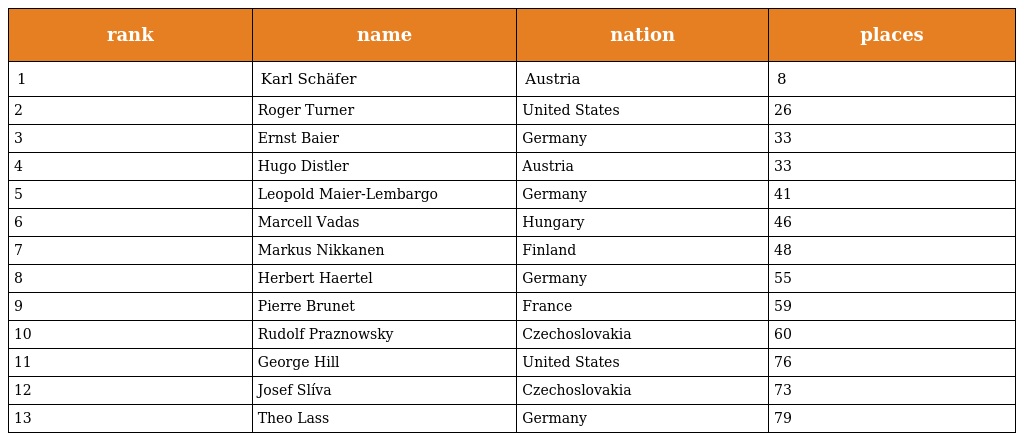
| rank | name | nation | places |
 | --- | --- | --- | --- |
 | 1 | Karl Schäfer | Austria | 8 |
 | 2 | Roger Turner | United States | 26 |
 | 3 | Ernst Baier | Germany | 33 |
 | 4 | Hugo Distler | Austria | 33 |
 | 5 | Leopold Maier-Lembargo | Germany | 41 |
 | 6 | Marcell Vadas | Hungary | 46 |
 | 7 | Markus Nikkanen | Finland | 48 |
 | 8 | Herbert Haertel | Germany | 55 |
 | 9 | Pierre Brunet | France | 59 |
 | 10 | Rudolf Praznowsky | Czechoslovakia | 60 |
 | 11 | George Hill | United States | 76 |
 | 12 | Josef Slíva | Czechoslovakia | 73 |
 | 13 | Theo Lass | Germany | 79 |